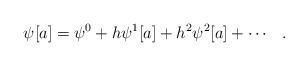
LaTeX: \begin{align*}\psi[a]=\psi^0 +h\psi^1[a]+h^2\psi^2[a]+ \cdots \hspace{3mm}.\end{align*}